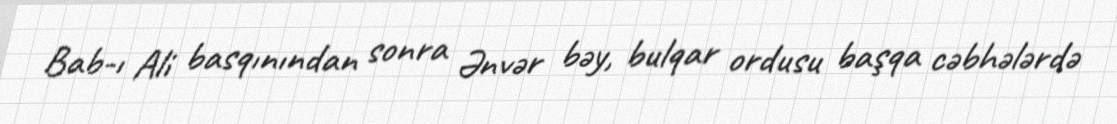
Bab-ı Ali basqınından sonra Ənvər bəy, bulqar ordusu başqa cəbhələrdə